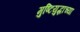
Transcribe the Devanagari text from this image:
मुष्टियुद्धाच्या